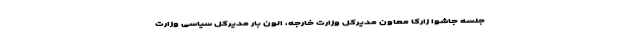
جلسه جاشوا زارکا معاون مدیرکل وزارت خارجه، الون بار مدیرکل سیاسی وزارت